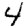
Digit: 4